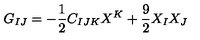
G _ { I J } = - { \frac { 1 } { 2 } } C _ { I J K } X ^ { K } + { \frac { 9 } { 2 } } X _ { I } X _ { J }